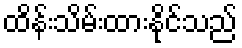
ထိန်းသိမ်းထားနိုင်သည်